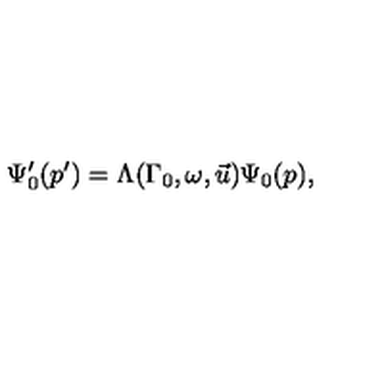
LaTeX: \Psi _ { 0 } ^ { \prime } ( p ^ { \prime } ) = \Lambda ( \Gamma _ { 0 } , \omega , \vec { u } ) \Psi _ { 0 } ( p ) ,